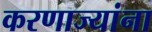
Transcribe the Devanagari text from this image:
करणाज्यांना